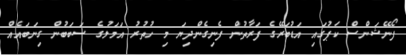
ފޯނޭޝަންސް ކަޕުގައި އަޑުބަރޭގެ ފަރާތުން ފެނިގެންދިޔަ މި ހުތުރު އަމަލުގެ ސަބަބުން ގިނަބައެއް